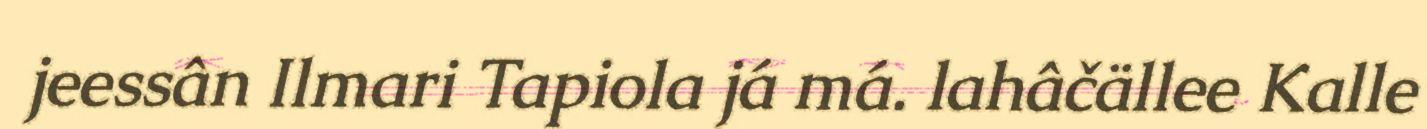
jeessân Ilmari Tapiola já má. lahâčällee Kalle